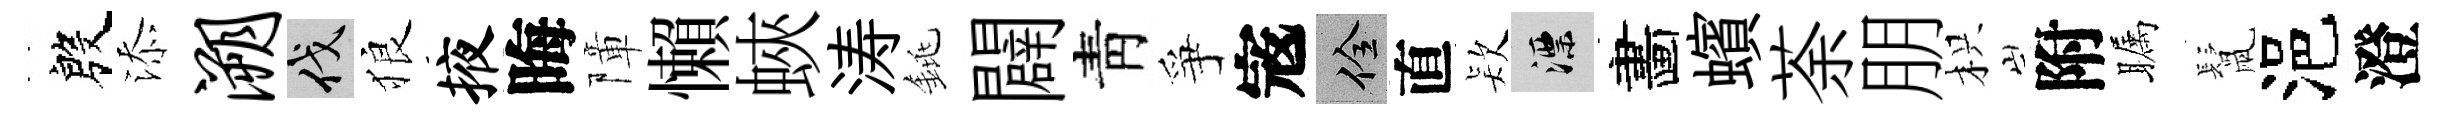
殷添溯伐狼掖晦障懶蛺涛銚闢靑爭𡨥佺直𣣇漂畵蠙荼朋枳附瞩鬛浥澄